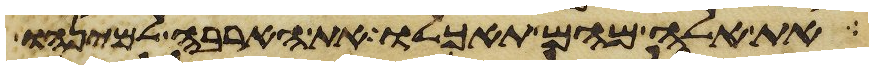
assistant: את אלה מהם תאכלו את הארבה למינהו